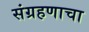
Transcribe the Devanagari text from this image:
संग्रहणाचा